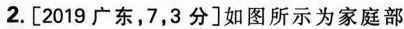
2.[2019广东，7，3分]如图所示为家庭部